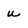
Character: u